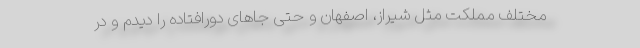
مختلف مملکت مثل شیراز، اصفهان و حتی جاهای دورافتاده را دیدم و در